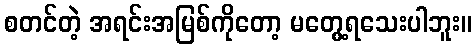
စတင်တဲ့ အရင်းအမြစ်ကိုတော့ မတွေ့ရသေးပါဘူး။